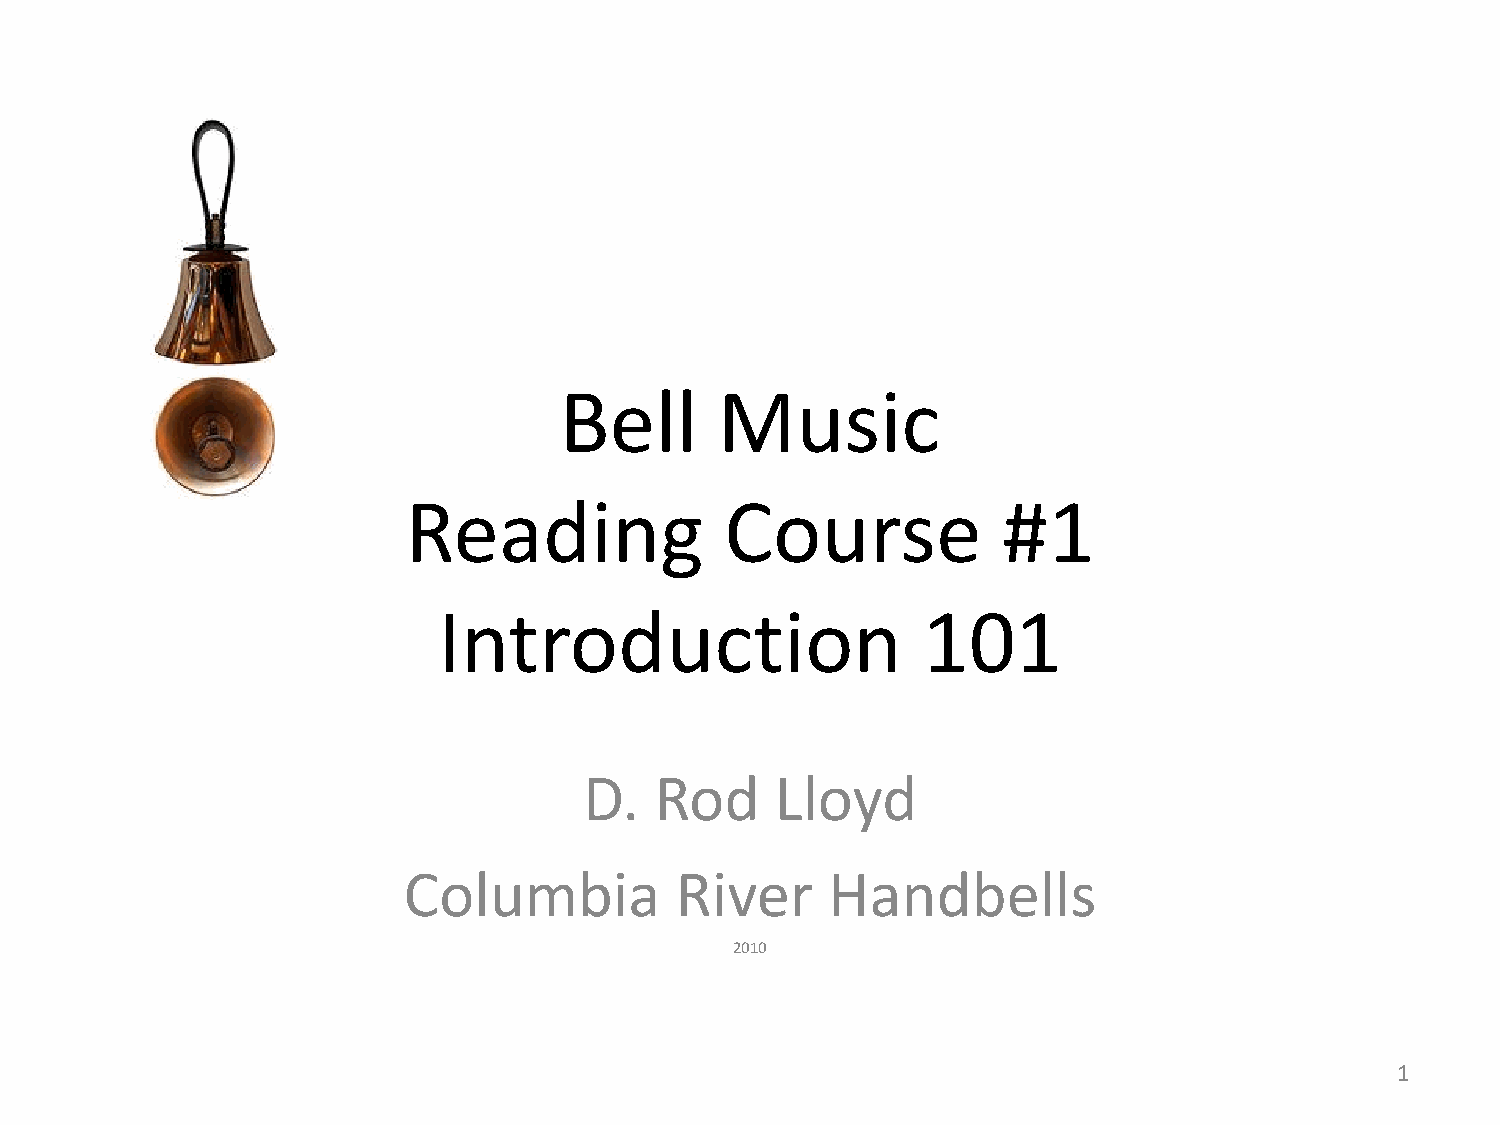
Bell       Music
 Reading              Course            #1
 Introduction                    101
 D.  Rod     Lloyd
 Columbia          River     Handbells
 2010
 1